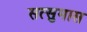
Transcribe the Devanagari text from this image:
सत्सुमास